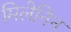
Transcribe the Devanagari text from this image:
मिलेनिन